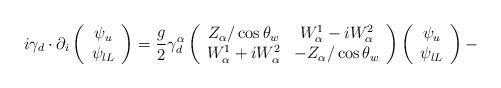
LaTeX: \begin{align*}i\gamma _{d}\cdot \partial _{i}\left( \begin{array}{c}\psi _{u} \\ \psi _{lL}\end{array}\right) =\frac{g}{2}\gamma _{d}^{\alpha }\left( \begin{array}{cc}Z_{\alpha }/\cos \theta _{w} & W_{\alpha }^{1}-iW_{\alpha }^{2} \\ W_{\alpha }^{1}+iW_{\alpha }^{2} & -Z_{\alpha }/\cos \theta _{w}\end{array}\right) \left( \begin{array}{c}\psi _{u} \\ \psi _{lL}\end{array}\right) -\end{align*}